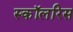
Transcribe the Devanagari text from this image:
स्कॉलरिस